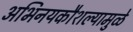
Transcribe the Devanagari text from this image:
अभिनयकौशल्यामुळे